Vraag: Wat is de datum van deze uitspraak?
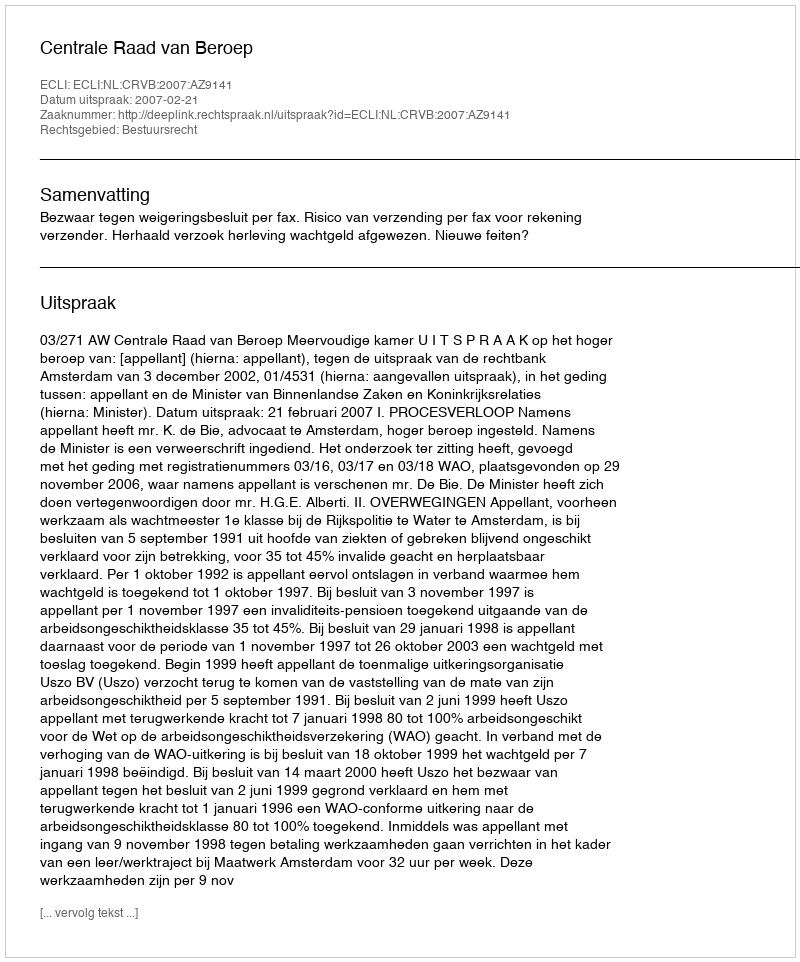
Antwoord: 2007-02-21